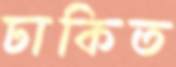
ঢাকিত